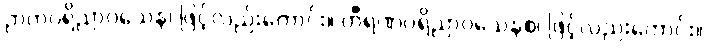
ဉာတပရိညာဝသေန၊ ဖြင့်လည်းကောင်း။ တီရဏပရိညာဝသေနစ၊ ဖြင့်လည်းကောင်း။